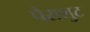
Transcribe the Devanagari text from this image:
पैराशुट